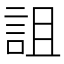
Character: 詛